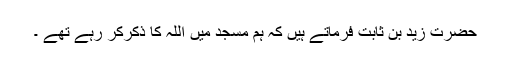
حضرت زید بن ثابت فرماتے ہیں کہ ہم مسجد میں اللہ کا ذکرکر رہے تھے ۔